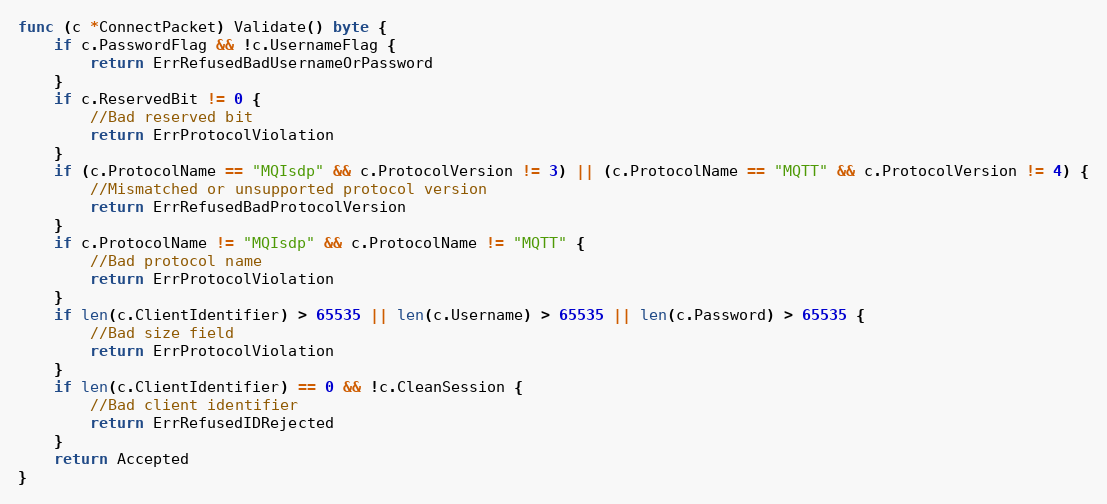
Language: Go
func (c *ConnectPacket) Validate() byte {
	if c.PasswordFlag && !c.UsernameFlag {
		return ErrRefusedBadUsernameOrPassword
	}
	if c.ReservedBit != 0 {
		//Bad reserved bit
		return ErrProtocolViolation
	}
	if (c.ProtocolName == "MQIsdp" && c.ProtocolVersion != 3) || (c.ProtocolName == "MQTT" && c.ProtocolVersion != 4) {
		//Mismatched or unsupported protocol version
		return ErrRefusedBadProtocolVersion
	}
	if c.ProtocolName != "MQIsdp" && c.ProtocolName != "MQTT" {
		//Bad protocol name
		return ErrProtocolViolation
	}
	if len(c.ClientIdentifier) > 65535 || len(c.Username) > 65535 || len(c.Password) > 65535 {
		//Bad size field
		return ErrProtocolViolation
	}
	if len(c.ClientIdentifier) == 0 && !c.CleanSession {
		//Bad client identifier
		return ErrRefusedIDRejected
	}
	return Accepted
}